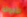
طفولة